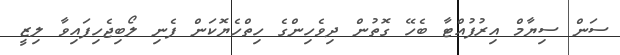
ސަން ސިޔާމް އިރުފުއްޓާ ބެހޭ ގޮތުން ދިވެހިންގެ ހިތްހެޔޮކަން ފެނި ލޯބިޖެހިފައިވާ ލިޒީ